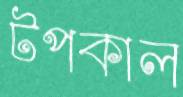
টপকাল